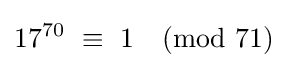
17^{70}\ \equiv \ 1{\pmod {71}}